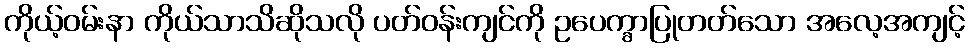
ကိုယ့်ဝမ်းနာ ကိုယ်သာသိဆိုသလို ပတ်ဝန်းကျင်ကို ဥပေက္ခာပြုတတ်သော အလေ့အကျင့်